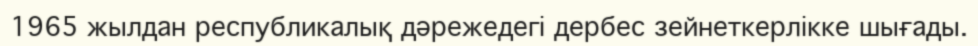
1965 жылдан республикалық дәрежедегі дербес зейнеткерлікке шығады.